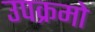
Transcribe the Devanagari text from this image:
उपक्रमो